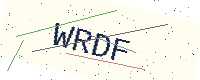
Text: WRDF